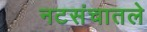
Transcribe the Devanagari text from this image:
नटसंचातले